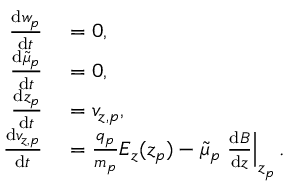
\begin{array} { r l } { \frac { \mathrm { d } w _ { p } } { \mathrm { d } t } } & { { } = 0 , } \\ { \frac { \mathrm { d } \tilde { \mu } _ { p } } { \mathrm { d } t } } & { { } = 0 , } \\ { \frac { \mathrm { d } z _ { p } } { \mathrm { d } t } } & { { } = v _ { z , p } , } \\ { \frac { \mathrm { d } v _ { z , p } } { \mathrm { d } t } } & { { } = \frac { q _ { p } } { m _ { p } } E _ { z } ( z _ { p } ) - \tilde { \mu } _ { p } \left. \frac { \mathrm { d } B } { \mathrm { d } z } \right| _ { z _ { p } } . } \end{array}